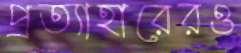
প্রত্যাহারেরও